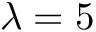
\lambda = 5